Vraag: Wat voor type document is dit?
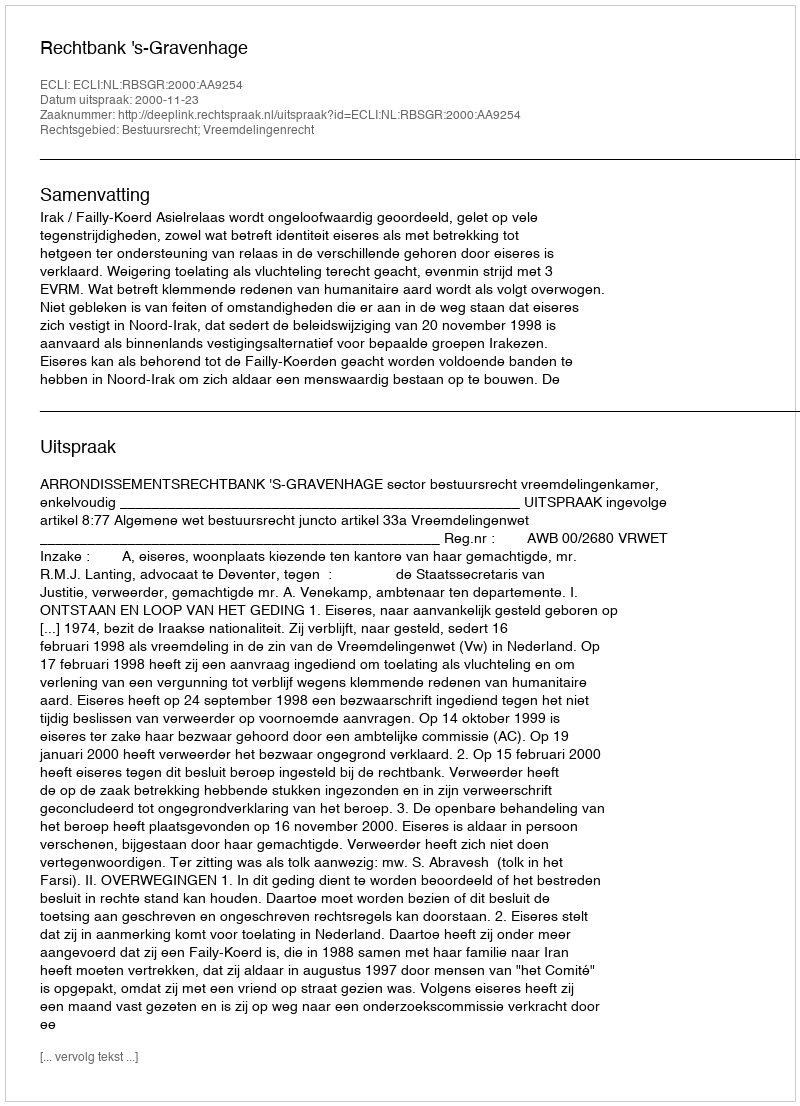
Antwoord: Uitspraak